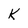
Character: K